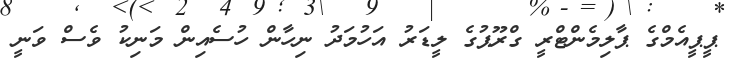
ޕީޕީއެމްގެ ޕާލިމެންޓްރީ ގްރޫޕުގެ ލީޑަރު އަހުމަދު ނިހާން ހުސެއިން މަނިކު ވެސް ވަނީ